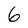
Character: 6